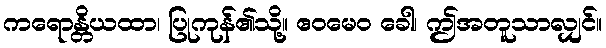
ကရောန္တိယထာ၊ ပြုကုန်၏သို့။ ဧဝမေဝ ခေါ၊ ဤအတူသာလျှင်။